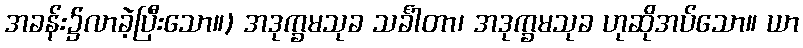
အခန်း၌လာခဲ့ပြီးသော။) အဒုက္ခမသုခ သင်္ခါတာ၊ အဒုက္ခမသုခ ဟုဆိုအပ်သော။ ယာ